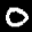
Label: 0